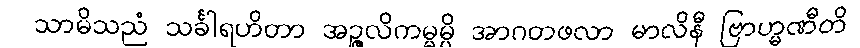
သာမိသညံ သင်္ခါရဟိတာ အဉ္ဇလိကမ္မမ္ပိ အာဂတဖလာ မာလိနီ ဗြာဟ္မဏီတိ